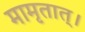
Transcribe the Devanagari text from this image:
मामृतात्‌।